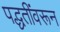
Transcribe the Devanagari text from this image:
पद्धतींवरून